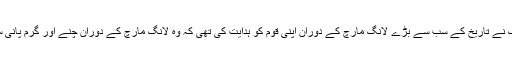
ماؤزے تنگ نے تاریخ کے سب سے بڑے لانگ مارچ کے دوران اپنی قوم کو ہدایت کی تھی کہ وہ لانگ مارچ کے دوران چنے اور گرم پانی ساتھ رکھیں۔